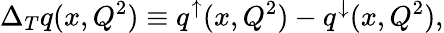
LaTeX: \Delta_{T}q(x,Q^{2})\equiv q^{\uparrow}(x,Q^{2})-q^{\downarrow}(x,Q^{2}),